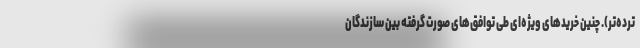
ترده‌تر). چنین خریدهای ویژه‌ای طی توافق‌های صورت گرفته بین سازندگان